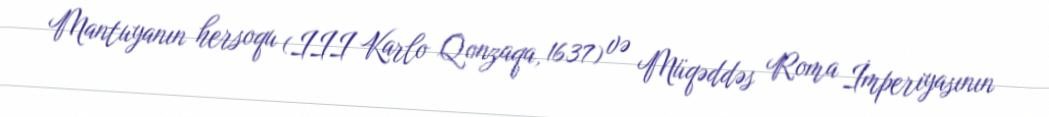
Mantuyanın hersoqu (III Karlo Qonzaqa, 1637) və Müqəddəs Roma İmperiyasının